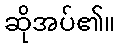
ဆိုအပ်၏။